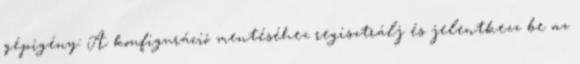
gépigény: A konfiguráció mentéséhez regisztrálj és jelentkezz be az